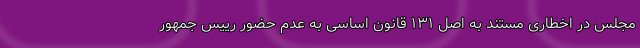
مجلس در اخطاری مستند به اصل ۱۳۱ قانون اساسی به عدم حضور رییس جمهور